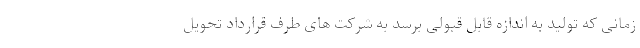
زمانی که تولید به اندازه قابل قبولی برسد به شرکت های طرف قرارداد تحویل